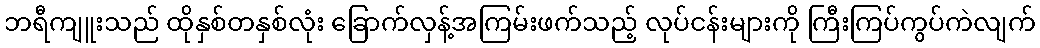
ဘရီကျူးသည် ထိုနှစ်တနှစ်လုံး ခြောက်လှန့်အကြမ်းဖက်သည့် လုပ်ငန်းများကို ကြီးကြပ်ကွပ်ကဲလျက်